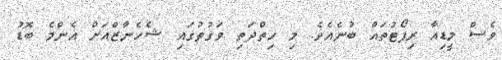
ވެސް މީޑިއާ ރިޕޯޓުތައް ބުނެއެވެ. މި ހިތްދަތި ވަގުތުގައި ޝެހެނާޒްއަށް އެންމެ ބޮޑު